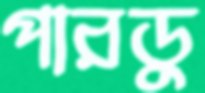
পারডু